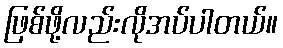
ဖြစ်ဖို့လည်းလိုအပ်ပါတယ်။